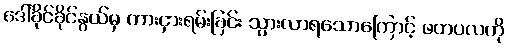
ဒေါ်ခိုင်ခိုင်နွယ်မှ ကားငှားရမ်းခြင်း သွားလာရသောကြောင့် ဖတပလကို